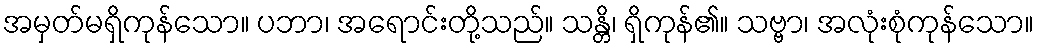
အမှတ်မရှိကုန်သော။ ပဘာ၊ အရောင်းတို့သည်။ သန္တိ၊ ရှိကုန်၏။ သဗ္ဗာ၊ အလုံးစုံကုန်သော။